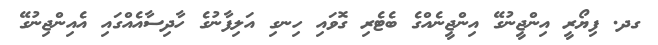
ގދ. ފިޔޯރީ އިންޖީނުގޭ އިންޖީނެއްގެ ބެޓެރި ގޮވައި ހިނގި އަލިފާނުގެ ހާދިސާއެއްގައި އެއިންޖިނުގޭ